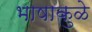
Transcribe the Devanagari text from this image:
भाषाकुळे